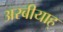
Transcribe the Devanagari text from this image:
अरबीयाह्